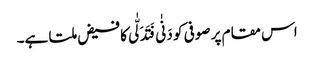
اس مقام پر صوفی کو دَنٰی فَتَدَلّٰی کا فیض ملتا ہے۔